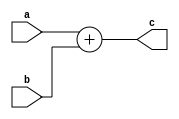
module addFPGA(
    input  [31:0] a,
    input  [31:0] b,
    output [31:0] c
);
    reg [31:0] res;
    assign res = c[31:0];

    always @(a, b) begin
        res[31:0] = a[31:0] + b[31:0];
    end

endmodule